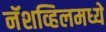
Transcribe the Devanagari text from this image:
नॅशव्हिलमध्ये